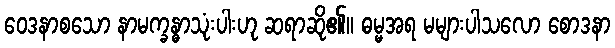
ဝေဒနာစသော နာမက္ခန္ဓာသုံးပါးဟု ဆရာဆို၏။ ဓမ္မအရ မများပါသလော စောဒနာ